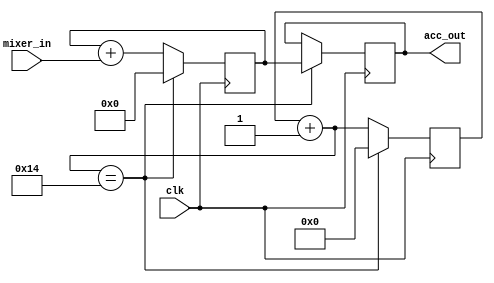
`timescale 1ns / 1ps
//////////////////////////////////////////////////////////////////////////////////
// Company: 
// Engineer: 
// 
// Design Name: 
// Module Name: accumulator
// Project Name: 
// Target Devices: 
// Tool Versions: 
// Description: 
// 
// Dependencies: 
// 
// Revision:
// Revision 0.01 - File Created
// Additional Comments:
// 
//////////////////////////////////////////////////////////////////////////////////


module accumulator(

    input clk,

    input wire signed [31:0] mixer_in,
    output wire signed [47:0] acc_out
    );
    
    reg signed [47:0] sum;
    reg [13:0] counter;
    reg signed [47:0] acc;
    
    always @(posedge clk) begin
        sum <= sum + mixer_in;
        counter = counter + 1;
        if (counter == 20) begin
            sum <= 0;
            acc <= sum;
            counter <= 0;
        end
    end
    
    assign acc_out = acc;
    
endmodule